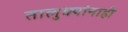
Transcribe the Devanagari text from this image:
तालुक्यांनाही